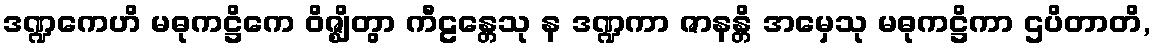
ဒဏ္ဍကေဟိ မဓုကဋ္ဌိကေ ဝိဇ္ဈိတွာ ကီဠန္တေသု န ဒဏ္ဍကာ ဇာနန္တိ အမှေသု မဓုကဋ္ဌိကာ ဌပိတာတိ,